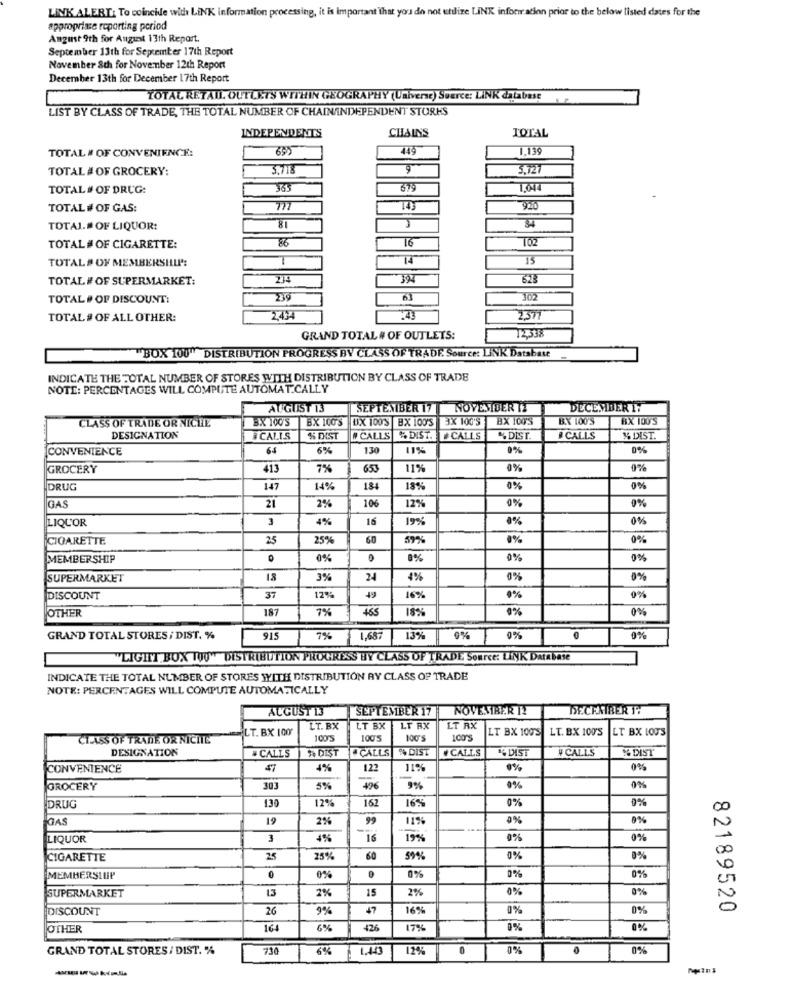
LINK ALERT: To coincide with LINK information processing, it is important that you do not utilize LINK inforir ation prior to the below listed dates for the
approprisse reporting period
August 9th for August 13th Report.
September 13th for September 17th Report
November 8th for November 12th Report
December 13th for December 17th Report
TOTAL RETAIL OUTLETS WITHIN GEOGRAPHY (Universe) Source: LINK database
LIST BY CLASS OF TRADE, THE TOTAL NUMBER OF CHAININDEPENDENT STORKS
CHAINS
INDEPENDENTS
TOTAL
449
1,139
TOTAL # OF CONVENIENCE:
TOTAL # OF GROCERY:
3.718
.72
TOTAL # OF DRUG:
363
375
TOTAL # OF GAS:
777
920
TOTAL.# OF LIQUOR:
81
34
86
T6
TOTAL # OF CIGARETTE:
TOTAL # OF MEMBERSHIP:
T
14
TOTAL# OF SUPERMARKET:
234
6.23
TOTAL # OF DISCOUNT:
302
TOTAL # OF ALL OTHER:
2377
GRAND TOTAL # OF OUTLETS:
12,338
""BOX 100" DISTRIBUTION PROGRESS BY CLASS OF TRADE Source: LINK Database
-
INDICATE THE TOTAL NUMBER OF STORES WITH DISTRIBUTION BY CLASS OF TRADE
NOTE: PERCENTAGES WILL COMPUTE AUTOMATICALLY
AUGUST 13
SEPTEMBER 17
NOVESIDER IT
DECEMBER 17
CLASS OF TRADE OR NICHE
BX 100'S BX 100'S
DX 1009 BX 100'S
3X 100'S BX 100'S
BX 100'S
BX 100'S
DESIGNATION
#CALLS
%% DIST
W CALLS % DIST. [CALLS
DIST.
CALLS
% DIST.
CONVENIENCE
64
6%
130
11%
0%
0%
GROCERY
413
7%
653
11%
0%
0%
DRUG
147
14%
184
18%
0%
0%
12%
GAS
21
2%
106
0%
0%
LIQUOR
3
4%
19%
0%
0%%
CIGARETTE
25
25%
60
59%
0%
0%
MEMBERSHIP
0%
8%
0%
0%
SUPERMARKET
18
3%
24
4%
0%
0%
49
DISCOUNT
37
12%
16%
0%
0%
OTHER
187
7%
465
18%
0%
0%
%L
GRAND TOTAL STORES / DIST. %
915
1,687
13%
0%
0%
0%
"LIGHT BOX TOO" DISTRIBUTION PROGRESS BY CLASS OF TRADE Source: LINK Database
INDICATE THE TOTAL NUMBER OF STORES WITH DISTRIBUTION RY CLASS OF TRADE
NOTE: PERCENTAGES WILL COMPUTE AUTOMATICALLY
AUGUST 13
SEPTEMBER 17 NOVEMBER 12
DECEMBER 17
LT. BX 100
LT. BX
LT BX
LT RX
LT RX
LT BX 100'S
LT. BX 100'S
LT BX IOUS
CLASS OF TRADE OR NICHE
100'S
1005
100'
100'S
DESIGNATION
" CALLS
CALLS 4 DIST
CALLS
& DIST
W CALLS
% DIST
+ DIŞT
CONVENIENCE
47
4%
122
11%
0%
0%%
GROCERY
303
5%
496
9%
0%
0%%
12%
162
16%
0%
0%
DRUG
130
00
GAS
19
2%
99
11%
0%
0%
LIQUOR
3
4%
16
19%
0%
0%
00
CIGARETTE
25
25%
60
59%
0%
0%
0%%
MEMBERSLUP
0
0%
0%
0%
13
2%
15
2%
0%
0%
SUPERMARKET
DISCOUNT
26
9%
47
16%
0%
0%
82189520
OTHER
164
6%
426
17%
0%
0%
GRAND TOTAL STORES / DIST. %
730
6%
12%
0
0%
0%
-----